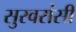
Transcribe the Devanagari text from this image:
सुरवरांसी